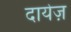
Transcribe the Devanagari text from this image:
दायेज़